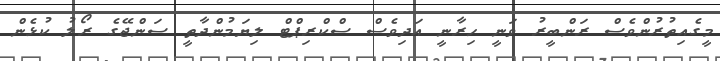
މީގެއިތުރުންވެސް ރަންބީރު ވަނީ ހިރާނީ އަދިވެސް ސްކްރިޕްޓް ލިޔަމުންދާތީ ސަންޖޭގެ ރޯލު ކުޅެން